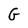
Character: G